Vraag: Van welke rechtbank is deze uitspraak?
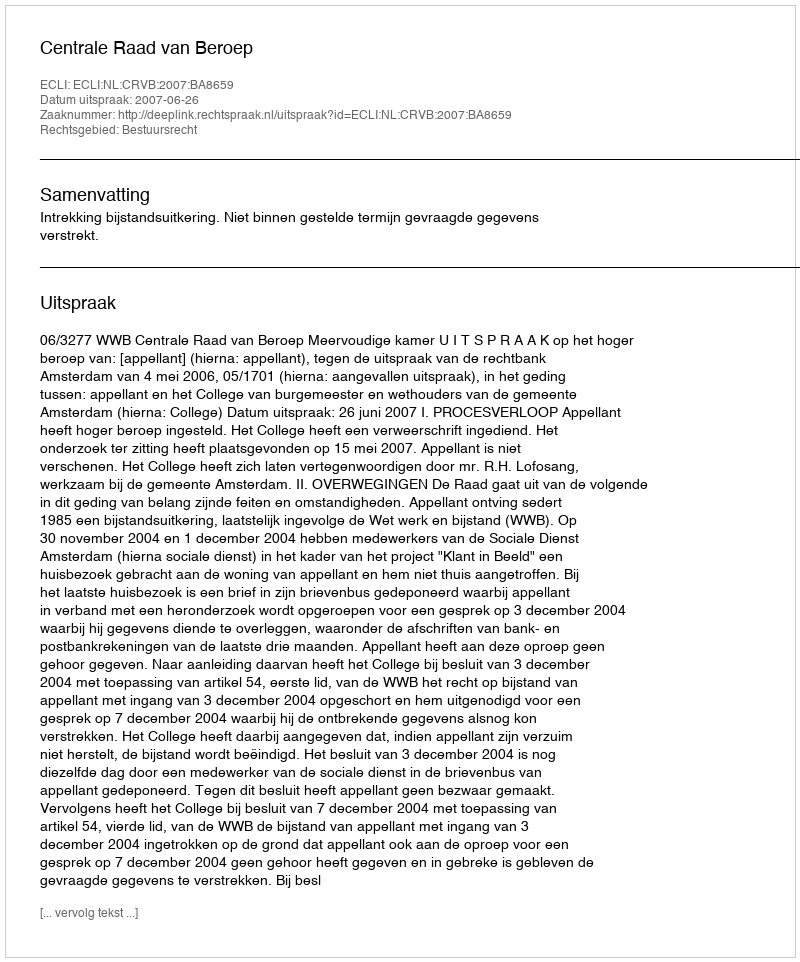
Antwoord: Centrale Raad van Beroep